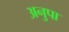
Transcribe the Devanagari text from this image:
अनुपा